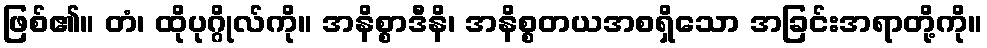
ဖြစ်၏။ တံ၊ ထိုပုဂ္ဂိုလ်ကို။ အနိစ္စာဒီနိ၊ အနိစ္စတယအစရှိသော အခြင်းအရာတို့ကို။